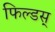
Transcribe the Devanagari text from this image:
फिल्डस्